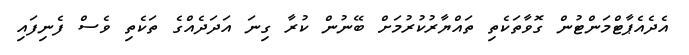
އެދެއެޕާޓްމަންޓުން ގޮވާތަކެތި ތައްޔާރުކުރުމަށް ބޭނުން ކުރާ ގިނަ އަދަދެއްގެ ތަކެތި ވެސް ފެނިފައި